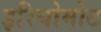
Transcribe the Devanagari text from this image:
इरियोमोट